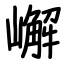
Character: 嶰